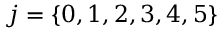
j = \{ 0 , 1 , 2 , 3 , 4 , 5 \}